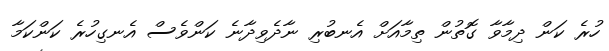
ހުރެ ކަން ދިމާވާ ގޮތުން ތިމާއަށް އެނބުރި ނާދެވިދާނެ ކަންވެސް އެނގިހުރެ ކަންކަމާ